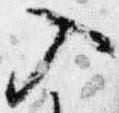
入